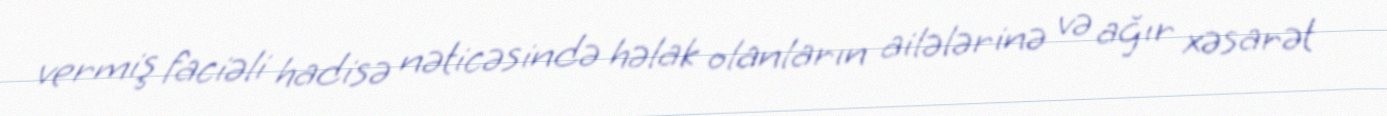
vermiş faciəli hadisə nəticəsində həlak olanların ailələrinə və ağır xəsarət